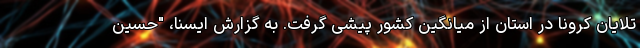
تلایان کرونا در استان از میانگین کشور پیشی گرفت. به گزارش ایسنا، "حسین